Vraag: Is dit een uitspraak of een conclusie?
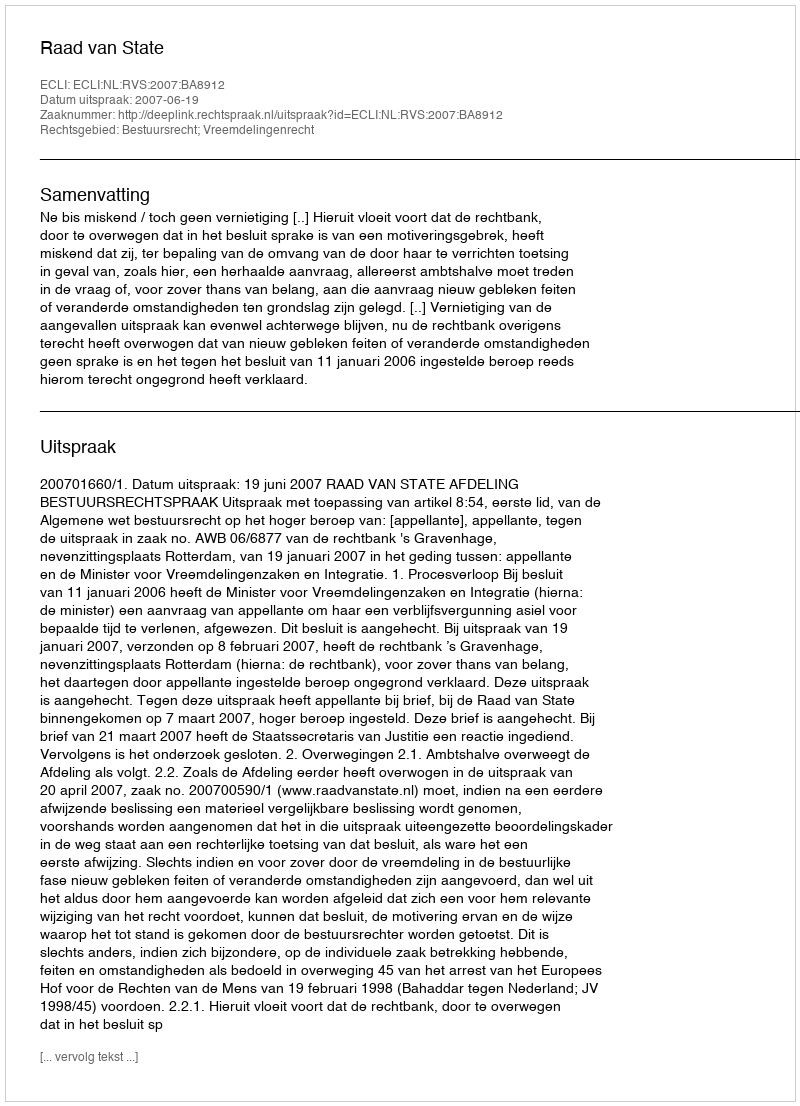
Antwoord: Uitspraak